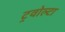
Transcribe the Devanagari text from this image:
ट्रवोल्टा